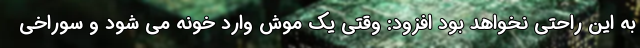
به این راحتی نخواهد بود افزود: وقتی یک موش وارد خونه می شود و سوراخی